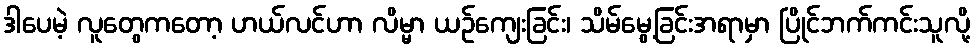
ဒါပေမဲ့ လူတွေကတော့ ဟယ်လင်ဟာ လိမ္မာ ယဉ်ကျေးခြင်း၊ သိမ်မွေ့ခြင်းအရာမှာ ပြိုင်ဘက်ကင်းသူလို့